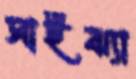
সাইঝ্যা